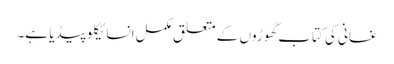
غسانی کی کتاب گھوڑوں کے متعلق مکمل انسائیکلو پیڈیا ہے۔